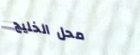
محل الخليج